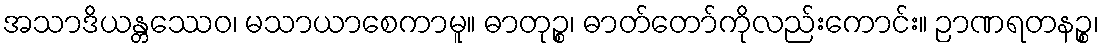
အသာဒိယန္တဿေဝ၊ မသာယာစေကာမူ။ ဓာတုဉ္စ၊ ဓာတ်တော်ကိုလည်းကောင်း။ ဉာဏရတနဉ္စ၊